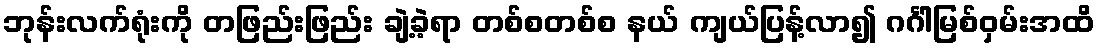
ဘုန်းလက်ရုံးကို တဖြည်းဖြည်း ချဲ့ခဲ့ရာ တစ်စတစ်စ နယ် ကျယ်ပြန့်လာ၍ ဂင်္ဂါမြစ်ဝှမ်းအထိ